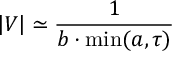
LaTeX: \left| V \right| \simeq \frac 1 { b \cdot \operatorname * { m i n } ( a , \tau ) }